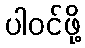
ပါဝင်ဖို့